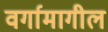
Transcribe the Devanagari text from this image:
वर्गामागील